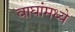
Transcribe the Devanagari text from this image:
वाघांमध्ये